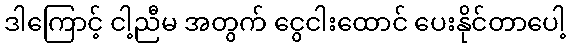
ဒါကြောင့် ငါ့ညီမ အတွက် ငွေငါးထောင် ပေးနိုင်တာပေါ့